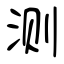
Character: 测